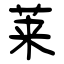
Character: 莱